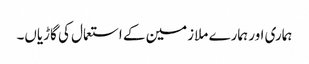
ہماری اور ہمارے ملازمین کے استعمال کی گاڑیاں۔